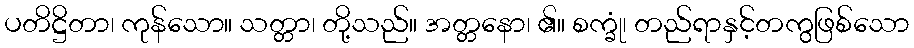
ပတိဋ္ဌိတာ၊ ကုန်သော။ သတ္တာ၊ တို့သည်။ အတ္တနော၊ ၏။ စက္ခုံ၊ တည်ရာနှင့်တကွဖြစ်သော